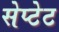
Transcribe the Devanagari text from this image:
सेप्टेट